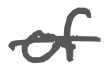
Text: of
Cross-out: single-line
Writing tool: digital_gray